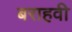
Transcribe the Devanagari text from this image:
बराहवी